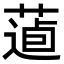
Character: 𦷿